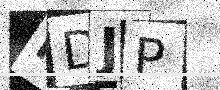
Text: FDJP